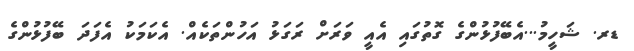
ޑރ. ޝަހީމު...އެބޭފުޅުންގެ ގޮތުގައި އެއީ ވަރަށް ރަގަޅު އަހުންތަކެއް. އެކަމަކު އެފަދަ ބޭފުޅުންގެ